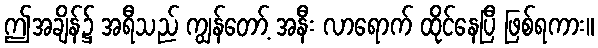
ဤအချိန်၌ အရီသည် ကျွန်တော့် အနီး လာရောက် ထိုင်နေပြီ ဖြစ်ရကား။